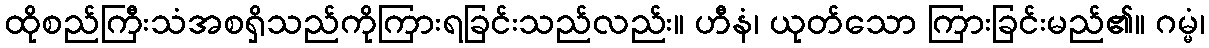
ထိုစည်ကြီးသံအစရှိသည်ကိုကြားရခြင်းသည်လည်း။ ဟီနံ၊ ယုတ်သော ကြားခြင်းမည်၏။ ဂမ္မံ၊